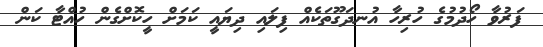
ފަރުވާ ހޯދުމުގެ ހުރިހާ އުނދަގޫތަކެއް ފިލައި ދިޔައީ ކަމަށް ހީކޮށްގެން ހުއްޓާ ކަން